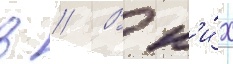
в // В н'и́х